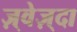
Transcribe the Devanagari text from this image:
ज़्वेज़्दा